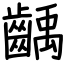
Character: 齲